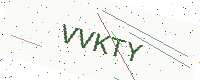
Text: VVKTY